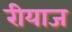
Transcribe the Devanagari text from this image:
रीयाज